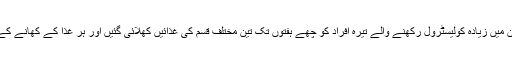
اس سلسلے میں تحقیق کے دوران خون میں زیادہ کولیسٹرول رکھنے والے تیرہ افراد کو چھے ہفتوں تک تین مختلف قسم کی غذائیں کھلائی گئیں اور ہر غذا کے کھانے کے درمیان دو ہفتوں کا وقفہ بھی دیاگیا۔